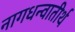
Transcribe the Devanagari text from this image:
नागधन्वातीर्थ